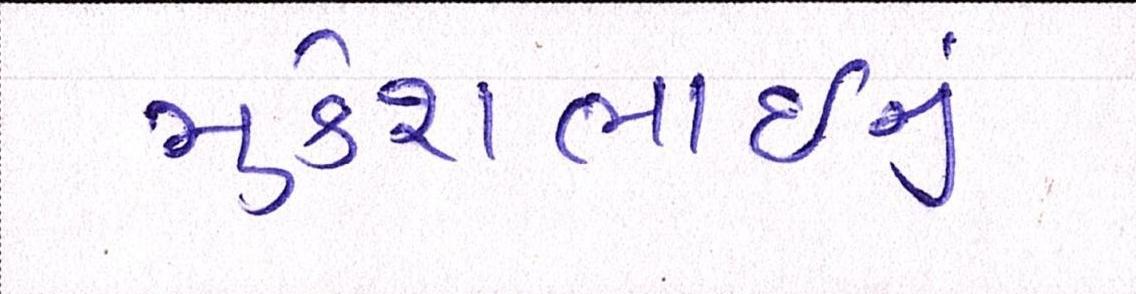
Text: મુકેશભાઈનું